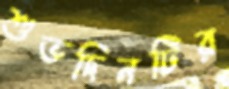
শুভদিনটির